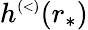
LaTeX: h^{\scriptscriptstyle(<)}(r_{*})